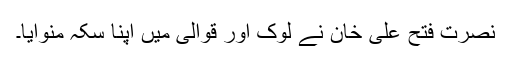
نصرت فتح علی خان نے لوک اور قوالی میں اپنا سکہ منوایا۔